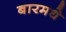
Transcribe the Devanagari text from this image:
बारमधे